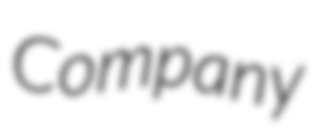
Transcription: Company